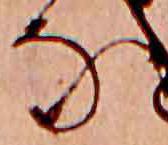
な